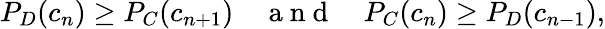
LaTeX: P_{D}(c_{n})\geq P_{C}(c_{n+1})\quad\mathrm{~a~n~d~}\quad P_{C}(c_{n})\geq P_{D}(c_{n-1}),